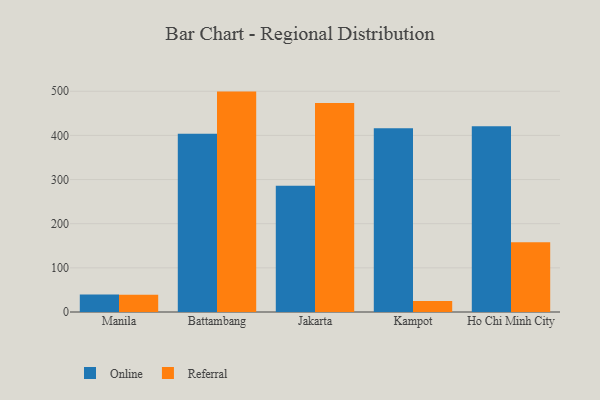
{"axis": {"x": "City", "y": "Conversion Rate (%)"}, "legend": ["Online", "Referral"], "data": [{"x": "Manila", "y": 39.9, "type": "Online"}, {"x": "Manila", "y": 38.9, "type": "Referral"}, {"x": "Battambang", "y": 403.8, "type": "Online"}, {"x": "Battambang", "y": 499.2, "type": "Referral"}, {"x": "Jakarta", "y": 285.7, "type": "Online"}, {"x": "Jakarta", "y": 473.5, "type": "Referral"}, {"x": "Kampot", "y": 416.2, "type": "Online"}, {"x": "Kampot", "y": 25.0, "type": "Referral"}, {"x": "Ho Chi Minh City", "y": 420.5, "type": "Online"}, {"x": "Ho Chi Minh City", "y": 157.9, "type": "Referral"}]}